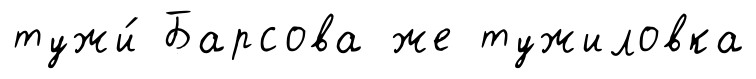
тужи́ Барсова же тужиловка